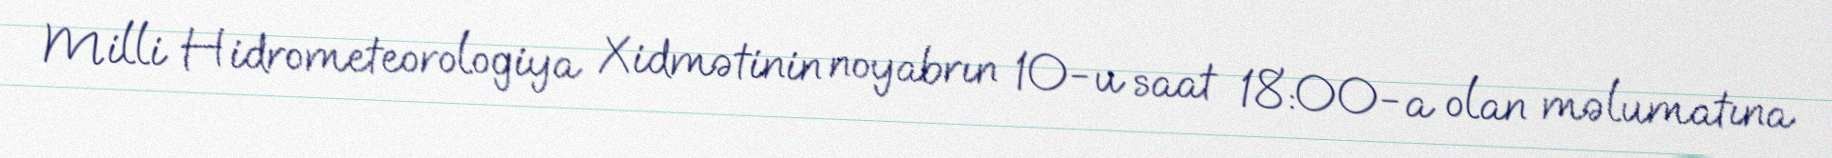
Milli Hidrometeorologiya Xidmətinin noyabrın 10-u saat 18:00-a olan məlumatına